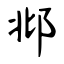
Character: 邶